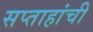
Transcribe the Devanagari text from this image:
सप्ताहांची